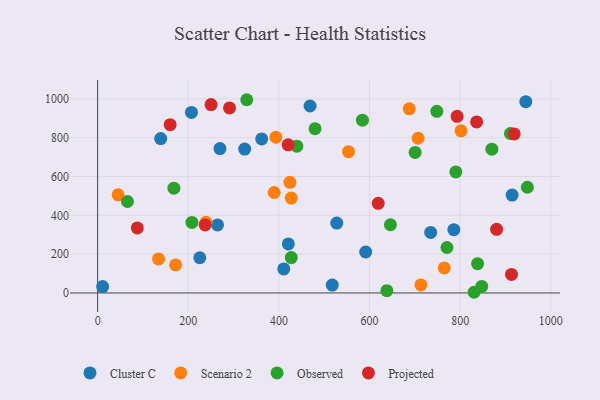
{"axis": {"x": "Engine Size", "y": "Exam Score"}, "legend": ["Cluster C", "Observed", "Projected", "Scenario 2"], "data": [{"x": "207.1", "y": 930.3, "type": "Cluster C"}, {"x": "420.8", "y": 252.5, "type": "Cluster C"}, {"x": "786.1", "y": 326.1, "type": "Cluster C"}, {"x": "225.5", "y": 181.4, "type": "Cluster C"}, {"x": "362.0", "y": 793.8, "type": "Cluster C"}, {"x": "270.0", "y": 743.9, "type": "Cluster C"}, {"x": "410.7", "y": 123.8, "type": "Cluster C"}, {"x": "527.7", "y": 360.0, "type": "Cluster C"}, {"x": "517.8", "y": 40.8, "type": "Cluster C"}, {"x": "324.5", "y": 741.5, "type": "Cluster C"}, {"x": "914.7", "y": 504.2, "type": "Cluster C"}, {"x": "944.9", "y": 985.2, "type": "Cluster C"}, {"x": "264.6", "y": 350.6, "type": "Cluster C"}, {"x": "11.0", "y": 32.7, "type": "Cluster C"}, {"x": "139.2", "y": 795.4, "type": "Cluster C"}, {"x": "591.6", "y": 210.9, "type": "Cluster C"}, {"x": "468.8", "y": 963.1, "type": "Cluster C"}, {"x": "735.0", "y": 311.8, "type": "Cluster C"}, {"x": "134.4", "y": 175.4, "type": "Scenario 2"}, {"x": "424.3", "y": 569.9, "type": "Scenario 2"}, {"x": "389.5", "y": 517.5, "type": "Scenario 2"}, {"x": "45.2", "y": 505.4, "type": "Scenario 2"}, {"x": "764.9", "y": 128.8, "type": "Scenario 2"}, {"x": "393.3", "y": 802.3, "type": "Scenario 2"}, {"x": "427.3", "y": 488.7, "type": "Scenario 2"}, {"x": "802.0", "y": 835.2, "type": "Scenario 2"}, {"x": "172.1", "y": 144.2, "type": "Scenario 2"}, {"x": "239.2", "y": 363.7, "type": "Scenario 2"}, {"x": "553.6", "y": 728.0, "type": "Scenario 2"}, {"x": "713.4", "y": 41.3, "type": "Scenario 2"}, {"x": "687.7", "y": 948.5, "type": "Scenario 2"}, {"x": "707.2", "y": 797.0, "type": "Scenario 2"}, {"x": "847.7", "y": 33.4, "type": "Observed"}, {"x": "870.0", "y": 740.6, "type": "Observed"}, {"x": "770.9", "y": 234.3, "type": "Observed"}, {"x": "168.3", "y": 540.0, "type": "Observed"}, {"x": "329.1", "y": 995.5, "type": "Observed"}, {"x": "838.5", "y": 151.1, "type": "Observed"}, {"x": "584.4", "y": 890.3, "type": "Observed"}, {"x": "748.6", "y": 935.9, "type": "Observed"}, {"x": "638.2", "y": 11.6, "type": "Observed"}, {"x": "208.1", "y": 363.3, "type": "Observed"}, {"x": "439.6", "y": 756.1, "type": "Observed"}, {"x": "646.2", "y": 351.3, "type": "Observed"}, {"x": "479.8", "y": 846.2, "type": "Observed"}, {"x": "948.4", "y": 544.6, "type": "Observed"}, {"x": "427.3", "y": 182.1, "type": "Observed"}, {"x": "790.5", "y": 623.4, "type": "Observed"}, {"x": "700.7", "y": 724.2, "type": "Observed"}, {"x": "830.8", "y": 3.5, "type": "Observed"}, {"x": "65.8", "y": 471.2, "type": "Observed"}, {"x": "911.0", "y": 821.4, "type": "Observed"}, {"x": "919.3", "y": 819.5, "type": "Projected"}, {"x": "836.4", "y": 881.0, "type": "Projected"}, {"x": "793.3", "y": 910.1, "type": "Projected"}, {"x": "87.5", "y": 335.2, "type": "Projected"}, {"x": "237.2", "y": 350.5, "type": "Projected"}, {"x": "420.4", "y": 763.1, "type": "Projected"}, {"x": "160.0", "y": 867.2, "type": "Projected"}, {"x": "913.3", "y": 95.3, "type": "Projected"}, {"x": "880.5", "y": 327.9, "type": "Projected"}, {"x": "619.2", "y": 461.7, "type": "Projected"}, {"x": "250.3", "y": 970.5, "type": "Projected"}, {"x": "291.0", "y": 953.3, "type": "Projected"}]}